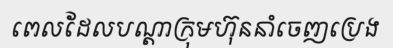
ពេលដែលបណ្តាក្រុមហ៊ុននាំចេញប្រេង